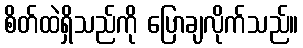
စိတ်ထဲရှိသည်ကို ပြောချလိုက်သည်။